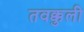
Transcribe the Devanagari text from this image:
तवक्कुली